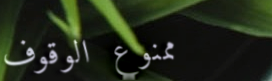
ممنوع الوقوف